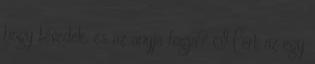
hogy tévedek, és az anyja fogja? Mert az egy